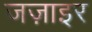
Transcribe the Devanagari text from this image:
जज़ाइर